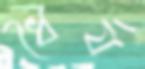
ধৈর্য